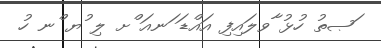
ަޞތު ހުޅު ާވލައިފި އައްޑަ ަނއަ ްށ ލި ުޔ ްނ ހު